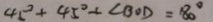
4 5 ^ { \circ } + 4 5 ^ { \circ } + \angle B O D = 8 0 ^ { \circ }